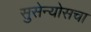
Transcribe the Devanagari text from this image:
सुसेन्योसचा